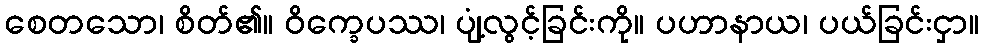
စေတသော၊ စိတ်၏။ ဝိက္ခေပဿ၊ ပျံ့လွင့်ခြင်းကို။ ပဟာနာယ၊ ပယ်ခြင်းငှာ။